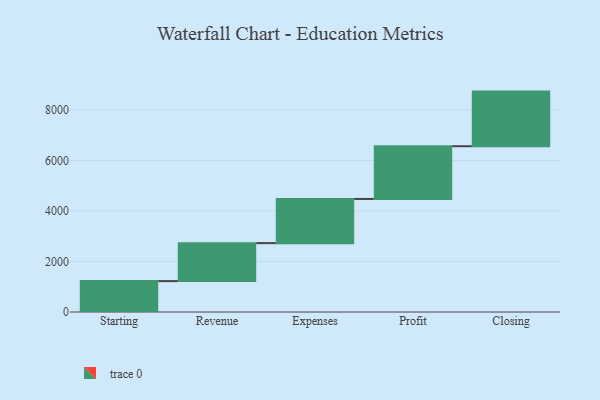
{"axis": {"x": "Step", "y": "Value"}, "legend": [""], "data": [{"x": "Starting", "y": 1223.0, "type": ""}, {"x": "Revenue", "y": 1504.0, "type": ""}, {"x": "Expenses", "y": 1750.0, "type": ""}, {"x": "Profit", "y": 2088.0, "type": ""}, {"x": "Closing", "y": 2163.0, "type": ""}]}